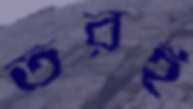
তরই